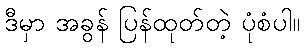
ဒီမှာ အခွန် ပြန်ထုတ်တဲ့ ပုံစံပါ။